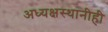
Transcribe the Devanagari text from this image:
अध्यक्षस्थानीही